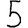
Digit: 5